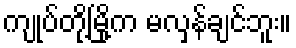
ကျုပ်တို့မြို့က မလှန်ချင်ဘူး။